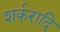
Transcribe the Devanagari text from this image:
शर्करादि